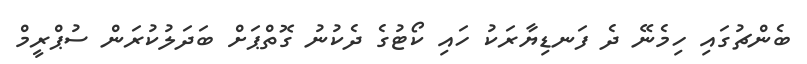
ބެންޗުގައި ހިމެނޭ ދެ ފަނޑިޔާރަކު ހައި ކޯޓުގެ ދެކުނު ގޮތްޕަށް ބަދަލުކުރަން ސުޕްރީމް